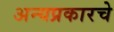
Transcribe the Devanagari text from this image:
अन्यप्रकारचे